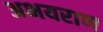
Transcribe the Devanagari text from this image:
अभयराण